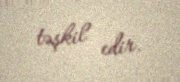
təşkil edir.